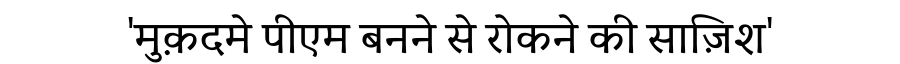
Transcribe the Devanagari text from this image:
'मुक़दमे पीएम बनने से रोकने की साज़िश'